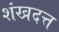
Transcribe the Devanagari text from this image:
शंखदत्त